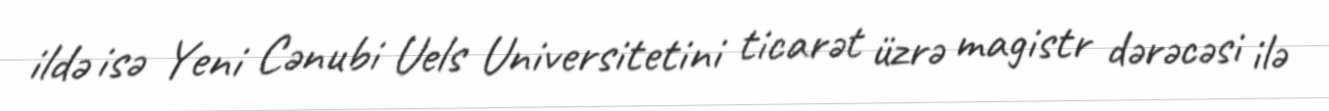
ildə isə Yeni Cənubi Uels Universitetini ticarət üzrə magistr dərəcəsi ilə